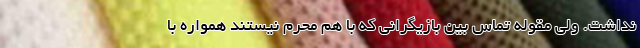
نداشت. ولی مقوله تماس بین بازیگرانی که با هم محرم نیستند همواره با